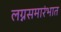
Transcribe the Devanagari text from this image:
लग्नसमारंभात